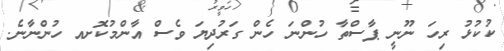
ކުކުޅު ރިހަ ނޫނީ ޕާސްތާ ހުންނަ ހެން ގަރުދިޔަ ވެސް އާންމުކޮށއ ހުންނާނެ.